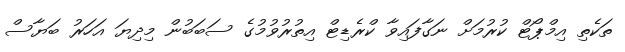
ތަކެތި އިމްޕޯޓް ކުރުމަށް ނަގާފައިވާ ކްރެޑިޓް އިތުރުވުމުގެ ސަބަބުން މިދިޔަ އަހަރު ބަޔާސް